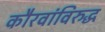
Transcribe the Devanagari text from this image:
कौरवांविरुद्ध